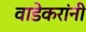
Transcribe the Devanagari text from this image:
वाडेकरांनी